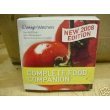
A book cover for New 2008 Edition Weight Watchers Complete Food Companion; Weight Watchers; Health, Fitness & Dieting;